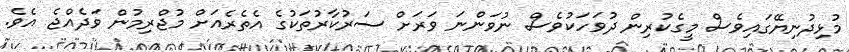
މުޅިދުނިޔޭގައިވެސް މީގެކުރިން ދުވަހަކުވެސް ނުވަންނަ ވަރަށް ސަރުކާރުތަކުގެ އެތެރެއަށް މުޖްރިމުން ވަދެއްޖެ އެވެ.